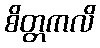
စိတ္တကလိ